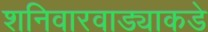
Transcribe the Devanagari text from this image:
शनिवारवाड्याकडे